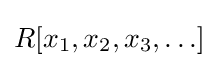
R[x_{1},x_{2},x_{3},\ldots ]